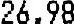
26.98